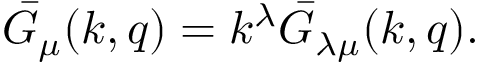
\bar { G } _ { \mu } ( k , q ) = k ^ { \lambda } \bar { G } _ { \lambda \mu } ( k , q ) .